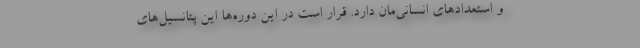
و استعدادهای انسانی‌مان دارد. قرار است در این دوره‌ها این پتانسیل‌های